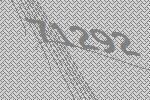
71292